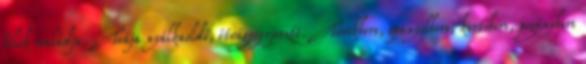
félék családja. Teája nyálkaoldó, étvágygerjesztő. Törökbors, spanyolbors, kertibors, pogánybors